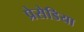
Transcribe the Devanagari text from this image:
प्रेसेडिया